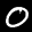
Label: 0